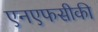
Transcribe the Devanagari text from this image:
एनएफसीकी